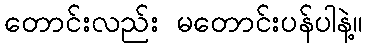
တောင်းလည်း မတောင်းပန်ပါနဲ့။